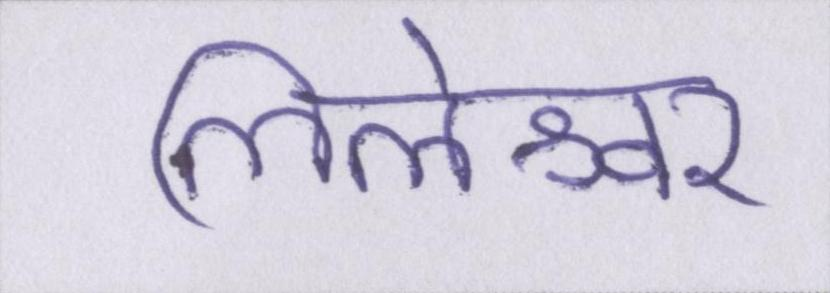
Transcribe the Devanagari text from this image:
लिलेश्वर